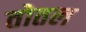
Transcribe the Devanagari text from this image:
तोतल